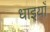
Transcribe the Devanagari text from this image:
धाइयाँ